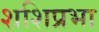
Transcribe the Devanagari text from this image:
शशिप्रभा